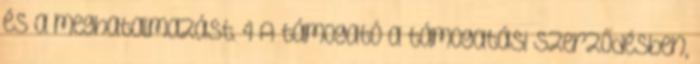
és a meghatalmazást. 4 A támogató a támogatási szerződésben,